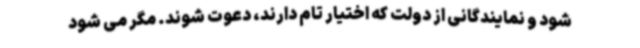
شود و نمایندگانی از دولت که اختیار تام دارند، دعوت شوند. مگر می شود